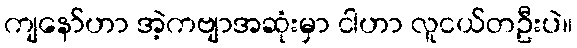
ကျနော်ဟာ အဲ့ကဗျာအဆုံးမှာ ငါဟာ လူငယ်တဦးပဲ။